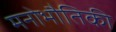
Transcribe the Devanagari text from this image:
मनोभौतिकी